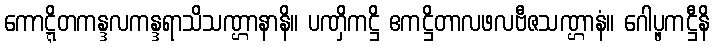
ကောဋ္ဋိတကန္ဒလကန္ဒရာသိသဏ္ဌာနာနိ။ ပဏှိကဋ္ဌိ ဧကဋ္ဌိတာလဖလဗီဇသဏ္ဌာနံ။ ဂေါပ္ဖကဋ္ဌီနိ